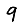
Digit: 9